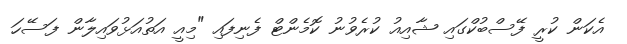
އެކަން ކުރީ ފޭސްބުކްގައި ޝާއިއު ކުރެވުނު ކޮމެންޓް ފެނިފައި "މިއީ އަތުއަޅުވައިލާން ފަސޭހަ